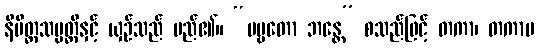
နိမိတ္တသမ္ပတ္တိနှင့် ယှဉ်သည် မည်၏။ “ပဗ္ဗတော ဘန္တေ” စသည်ဖြင့် တကာ၊ တကာမ